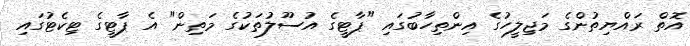
އޮތް ރައްޔިތުންގެ މަޖިލީހުގެ އިންތިހާބުގައި "ޕާޓީގެ އުސޫލުތަކުގެ މަތިން" އެ ޕާޓީގެ ޓިކެޓުގައި